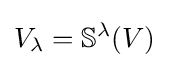
V_{\lambda }=\mathbb {S} ^{\lambda }(V)